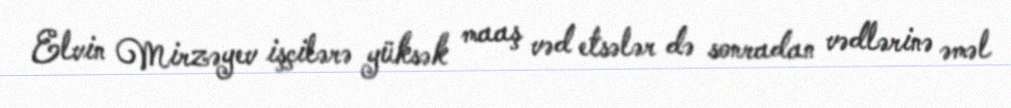
Elvin Mirzəyev işçilərə yüksək maaş vəd etsələr də sonradan vədlərinə əməl